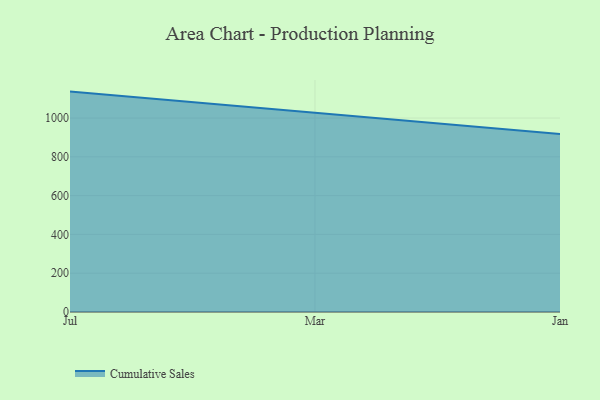
{"axis": {"x": "Month", "y": "Active Users"}, "legend": ["Cumulative Sales"], "data": [{"x": "Jul", "y": 1136.3, "type": "Cumulative Sales"}, {"x": "Mar", "y": 1025.4, "type": "Cumulative Sales"}, {"x": "Jan", "y": 917.2, "type": "Cumulative Sales"}]}